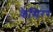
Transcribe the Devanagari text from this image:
कैसिरर